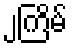
၂ကြိမ်